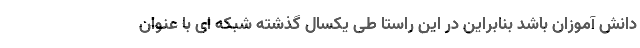
دانش آموزان باشد بنابراین در این راستا طی یکسال گذشته شبکه ای با عنوان